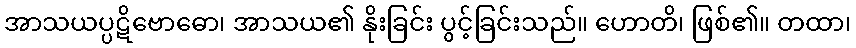
အာသယပ္ပဋိဗောဓော၊ အာသယ၏ နိုးခြင်း ပွင့်ခြင်းသည်။ ဟောတိ၊ ဖြစ်၏။ တထာ၊